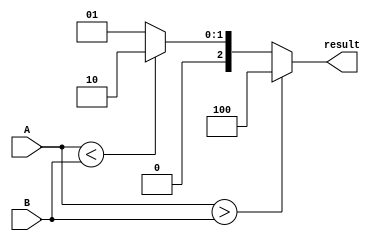
module ParameterizedComparator #(parameter N = 8) (
    input  wire [N-1:0] A, // Input A
    input  wire [N-1:0] B, // Input B
    output reg  [2:0] result // Output result: [A>B, A<B, A==B]
);

    // Always block to handle changes in A or B
    always @* begin
        if (A > B) begin
            result = 3'b100; // A > B
        end else if (A < B) begin
            result = 3'b010; // A < B
        end else begin
            result = 3'b001; // A == B
        end
    end

endmodule